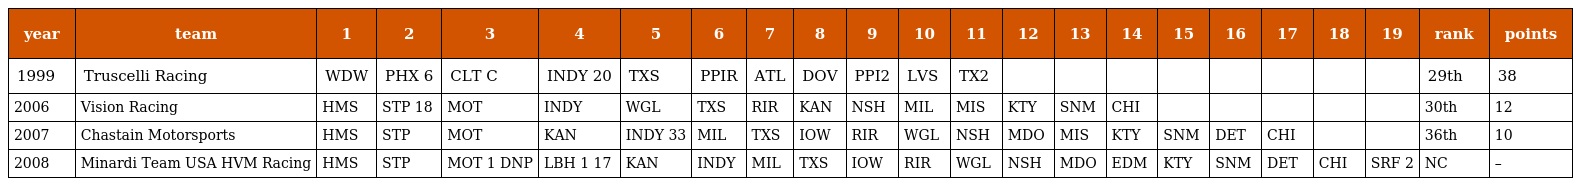
| year | team | 1 | 2 | 3 | 4 | 5 | 6 | 7 | 8 | 9 | 10 | 11 | 12 | 13 | 14 | 15 | 16 | 17 | 18 | 19 | rank | points |
 | --- | --- | --- | --- | --- | --- | --- | --- | --- | --- | --- | --- | --- | --- | --- | --- | --- | --- | --- | --- | --- | --- | --- |
 | 1999 | Truscelli Racing | WDW | PHX 6 | CLT C | INDY 20 | TXS | PPIR | ATL | DOV | PPI2 | LVS | TX2 |  |  |  |  |  |  |  |  | 29th | 38 |
 | 2006 | Vision Racing | HMS | STP 18 | MOT | INDY | WGL | TXS | RIR | KAN | NSH | MIL | MIS | KTY | SNM | CHI |  |  |  |  |  | 30th | 12 |
 | 2007 | Chastain Motorsports | HMS | STP | MOT | KAN | INDY 33 | MIL | TXS | IOW | RIR | WGL | NSH | MDO | MIS | KTY | SNM | DET | CHI |  |  | 36th | 10 |
 | 2008 | Minardi Team USA HVM Racing | HMS | STP | MOT 1 DNP | LBH 1 17 | KAN | INDY | MIL | TXS | IOW | RIR | WGL | NSH | MDO | EDM | KTY | SNM | DET | CHI | SRF 2 | NC | – |